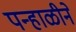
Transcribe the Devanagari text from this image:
पन्हाळीने